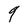
Character: 9